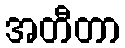
အတီတာ